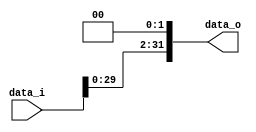
//Subject:      CO project 2 - Shift_Left_Two_32
//--------------------------------------------------------------------------------
//Version:     1
//--------------------------------------------------------------------------------
//Writer:      0416111 0540112
//----------------------------------------------
//Date:        
//----------------------------------------------
//Description: 
//--------------------------------------------------------------------------------

module Shift_Left_Two_32(
    data_i,
    data_o
    );

//I/O ports                    
input [32-1:0] data_i;
output [32-1:0] data_o;
reg  [32-1:0] data_o;
//shift left 2
always@(data_i)begin
data_o<=data_i<<<2;
end
     
endmodule